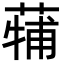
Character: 𮐳